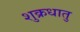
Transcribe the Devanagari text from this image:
शुक्रधातु